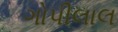
ગોપીલાલ